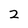
Character: 2